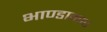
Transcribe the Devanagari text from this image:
भाण्डागार